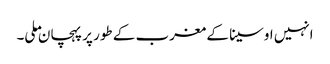
انہیں اوسینا کے مغرب کے طور پر پہچان ملی۔